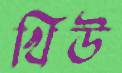
খিউ